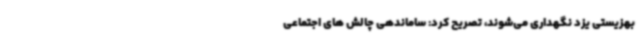
بهزیستی یزد نگهداری می‌شوند، تصریح کرد: ساماندهی چالش های اجتماعی